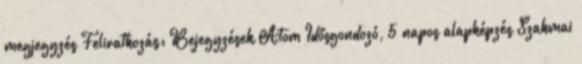
megjegyzés Feliratkozás: Bejegyzések Atom Idősgondozó, 5 napos alapképzés Szakmai